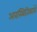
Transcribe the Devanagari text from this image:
अवस्थितिकारों